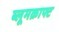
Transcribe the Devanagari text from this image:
ब्लूमक्राफ्ट